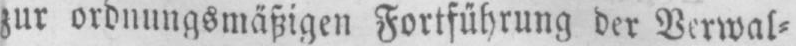
zur ordnungsmäßigen Fortführung der Verwal⸗